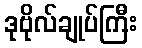
ဒုဗိုလ်ချုပ်ကြီး